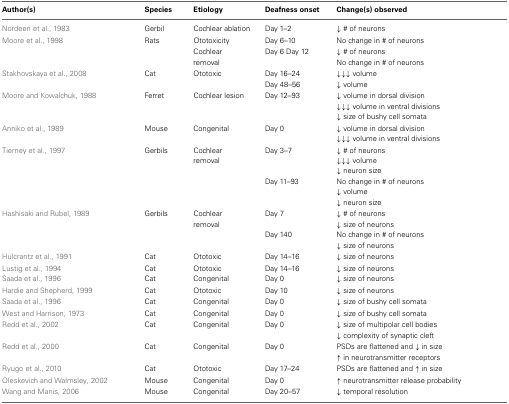
<table><thead><tr><td><b>Author(s)</b></td><td><b>Species</b></td><td><b>Etiology</b></td><td><b>Deafness onset</b></td><td><b>Change(s) observed</b></td></tr></thead><tbody><tr><td>Nordeen et al., 1983</td><td>Gerbil</td><td>Cochlear ablation</td><td>Day 1–2</td><td>↓ # of neurons</td></tr><tr><td>Moore et al., 1998</td><td>Rats</td><td>Ototoxicity</td><td>Day 6–10</td><td>No change in # of neurons</td></tr><tr><td></td><td></td><td rowspan="2">Cochlear removal</td><td>Day 6 Day 12</td><td>↓ # of neurons</td></tr><tr><td></td><td></td><td></td><td>No change in # of neurons</td></tr><tr><td>Stakhovskaya et al., 2008</td><td>Cat</td><td>Ototoxic</td><td>Day 16–24</td><td>↓↓↓ volume</td></tr><tr><td></td><td></td><td></td><td>Day 48–56</td><td>↓ volume</td></tr><tr><td>Moore and Kowalchuk, 1988</td><td>Ferret</td><td>Cochlear lesion</td><td>Day 12–93</td><td>↓ volume in dorsal division</td></tr><tr><td></td><td></td><td></td><td></td><td>↓↓↓ volume in ventral divisions</td></tr><tr><td></td><td></td><td></td><td></td><td>↓ size of bushy cell somata</td></tr><tr><td>Anniko et al., 1989</td><td>Mouse</td><td>Congenital</td><td>Day 0</td><td>↓ volume in dorsal division</td></tr><tr><td></td><td></td><td></td><td></td><td>↓↓↓ volume in ventral divisions</td></tr><tr><td>Tierney et al., 1997</td><td>Gerbils</td><td rowspan="2">Cochlear removal</td><td>Day 3–7</td><td>↓ # of neurons</td></tr><tr><td></td><td></td><td></td><td>↓↓↓ volume</td></tr><tr><td></td><td></td><td></td><td></td><td>↓ neuron size</td></tr><tr><td></td><td></td><td></td><td>Day 11–93</td><td>No change in # of neurons</td></tr><tr><td></td><td></td><td></td><td></td><td>↓ volume</td></tr><tr><td></td><td></td><td></td><td></td><td>↓ neuron size</td></tr><tr><td>Hashisaki and Rubel, 1989</td><td>Gerbils</td><td rowspan="2">Cochlear removal</td><td>Day 7</td><td>↓ # of neurons</td></tr><tr><td></td><td></td><td></td><td>↓ size of neurons</td></tr><tr><td></td><td></td><td></td><td>Day 140</td><td>No change in # of neurons</td></tr><tr><td></td><td></td><td></td><td></td><td>↓ size of neurons</td></tr><tr><td>Hulcrantz et al., 1991</td><td>Cat</td><td>Ototoxic</td><td>Day 14–16</td><td>↓ size of neurons</td></tr><tr><td>Lustig et al., 1994</td><td>Cat</td><td>Ototoxic</td><td>Day 14–16</td><td>↓ size of neurons</td></tr><tr><td>Saada et al., 1996</td><td>Cat</td><td>Congenital</td><td>Day 0</td><td>↓ size of neurons</td></tr><tr><td>Hardie and Shepherd, 1999</td><td>Cat</td><td>Ototoxic</td><td>Day 10</td><td>↓ size of neurons</td></tr><tr><td>Saada et al., 1996</td><td>Cat</td><td>Congenital</td><td>Day 0</td><td>↓ size of bushy cell somata</td></tr><tr><td>West and Harrison, 1973</td><td>Cat</td><td>Congenital</td><td>Day 0</td><td>↓ size of bushy cell somata</td></tr><tr><td>Redd et al., 2002</td><td>Cat</td><td>Congenital</td><td>Day 0</td><td>↓ size of multipolar cell bodies</td></tr><tr><td></td><td></td><td></td><td></td><td>↓ complexity of synaptic cleft</td></tr><tr><td>Redd et al., 2000</td><td>Cat</td><td>Congenital</td><td>Day 0</td><td>PSDs are flattened and ↓ in size</td></tr><tr><td></td><td></td><td></td><td></td><td>↑ in neurotransmitter receptors</td></tr><tr><td>Ryugo et al., 2010</td><td>Cat</td><td>Ototoxic</td><td>Day 17–24</td><td>PSDs are flattened and ↑ in size</td></tr><tr><td>Oleskevich and Walmsley, 2002</td><td>Mouse</td><td>Congenital</td><td>Day 0</td><td>↑ neurotransmitter release probability</td></tr><tr><td>Wang and Manis, 2006</td><td>Mouse</td><td>Congenital</td><td>Day 20–57</td><td>↓ temporal resolution</td></tr></tbody></table>